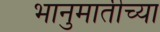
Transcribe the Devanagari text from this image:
भानुमातीच्या